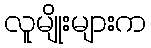
လူမျိုးများက